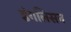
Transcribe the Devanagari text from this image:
डंगलिसन